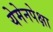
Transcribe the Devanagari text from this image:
येमेनपेक्षा